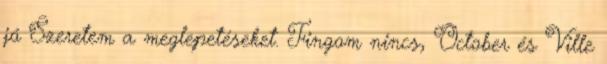
jó Szeretem a meglepetéseket. Fingom nincs, October és Ville